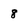
Character: 8